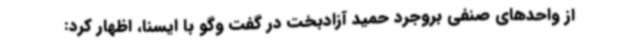
از واحدهای صنفی بروجرد حمید آزادبخت در گفت‌ وگو با ایسنا، اظهار کرد: